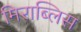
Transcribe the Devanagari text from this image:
मिराब्लिस